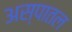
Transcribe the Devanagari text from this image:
अस्पातल